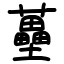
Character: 蘲